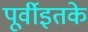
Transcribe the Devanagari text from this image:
पूर्वीइतके